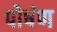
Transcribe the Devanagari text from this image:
पोषंण